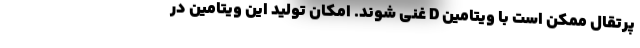
پرتقال ممکن است با ویتامین D غنی شوند. امکان تولید این ویتامین در